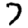
Digit: 7